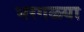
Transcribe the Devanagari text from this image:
भरगळ्या